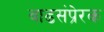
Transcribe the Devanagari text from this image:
वाढसंप्रेरक